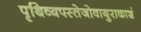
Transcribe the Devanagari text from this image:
पृथिव्यपस्तेजोवायुराकाशं